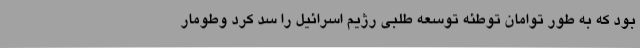
بود که به طور توامان توطئه توسعه طلبی رژیم اسرائیل را سد کرد وطومار